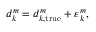
\begin{array} { r } { d _ { k } ^ { m } = d _ { k , \mathrm { t r u e } } ^ { m } + \varepsilon _ { k } ^ { m } , } \end{array}